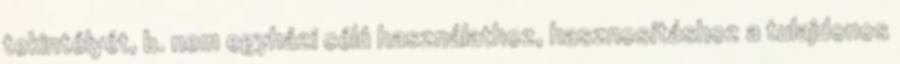
tekintélyét, b. nem egyházi célú használathoz, hasznosításhoz a tulajdonos